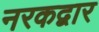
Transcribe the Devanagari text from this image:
नरकद्वार